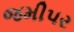
જમીપર